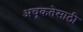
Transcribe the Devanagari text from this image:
अचूकतेसाठी